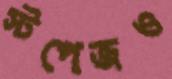
স্টপেজও